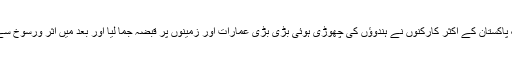
سیاست دانوں اور تحریکِ پاکستان کے اکثر کارکنوں نے ہندوﺅں کی چھوڑی ہوئی بڑی بڑی عمارات اور زمینوں پر قبضہ جما لیا اور بعد میں اثر ورسوخ سے اپنے نام الاٹ کروا لیں۔